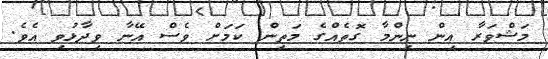
މަޝްވަރާ އިން ނިންމާ ގޮތެއްގެ މަތިން ކަމަށް ވެސް އޭނާ ވިދާޅުވި އެވެ.